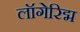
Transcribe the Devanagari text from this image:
लॉगेरिद्म